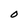
Character: O